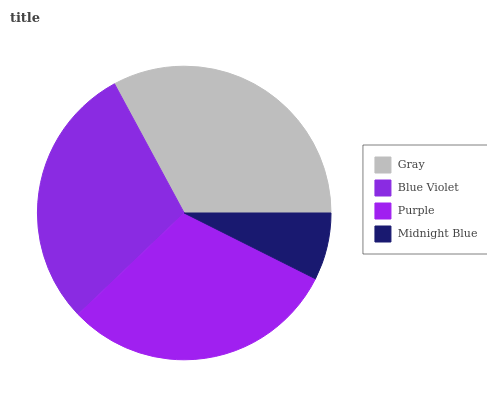
| Gray | Blue Violet | Purple | Midnight Blue |
 | --- | --- | --- | --- |
 | 32.9% | 29.3% | 30.4% | 7.4% |